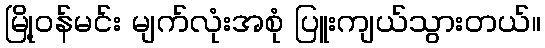
မြို့ဝန်မင်း မျက်လုံးအစုံ ပြူးကျယ်သွားတယ်။